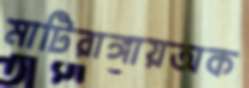
মাটিরাঙ্গায়অক